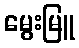
မွေးမြူ